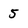
Character: 5